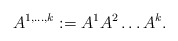
\begin{align*}A^{1, \dots, k} := A^{1}A^{2}\dots A^{k} .\end{align*}